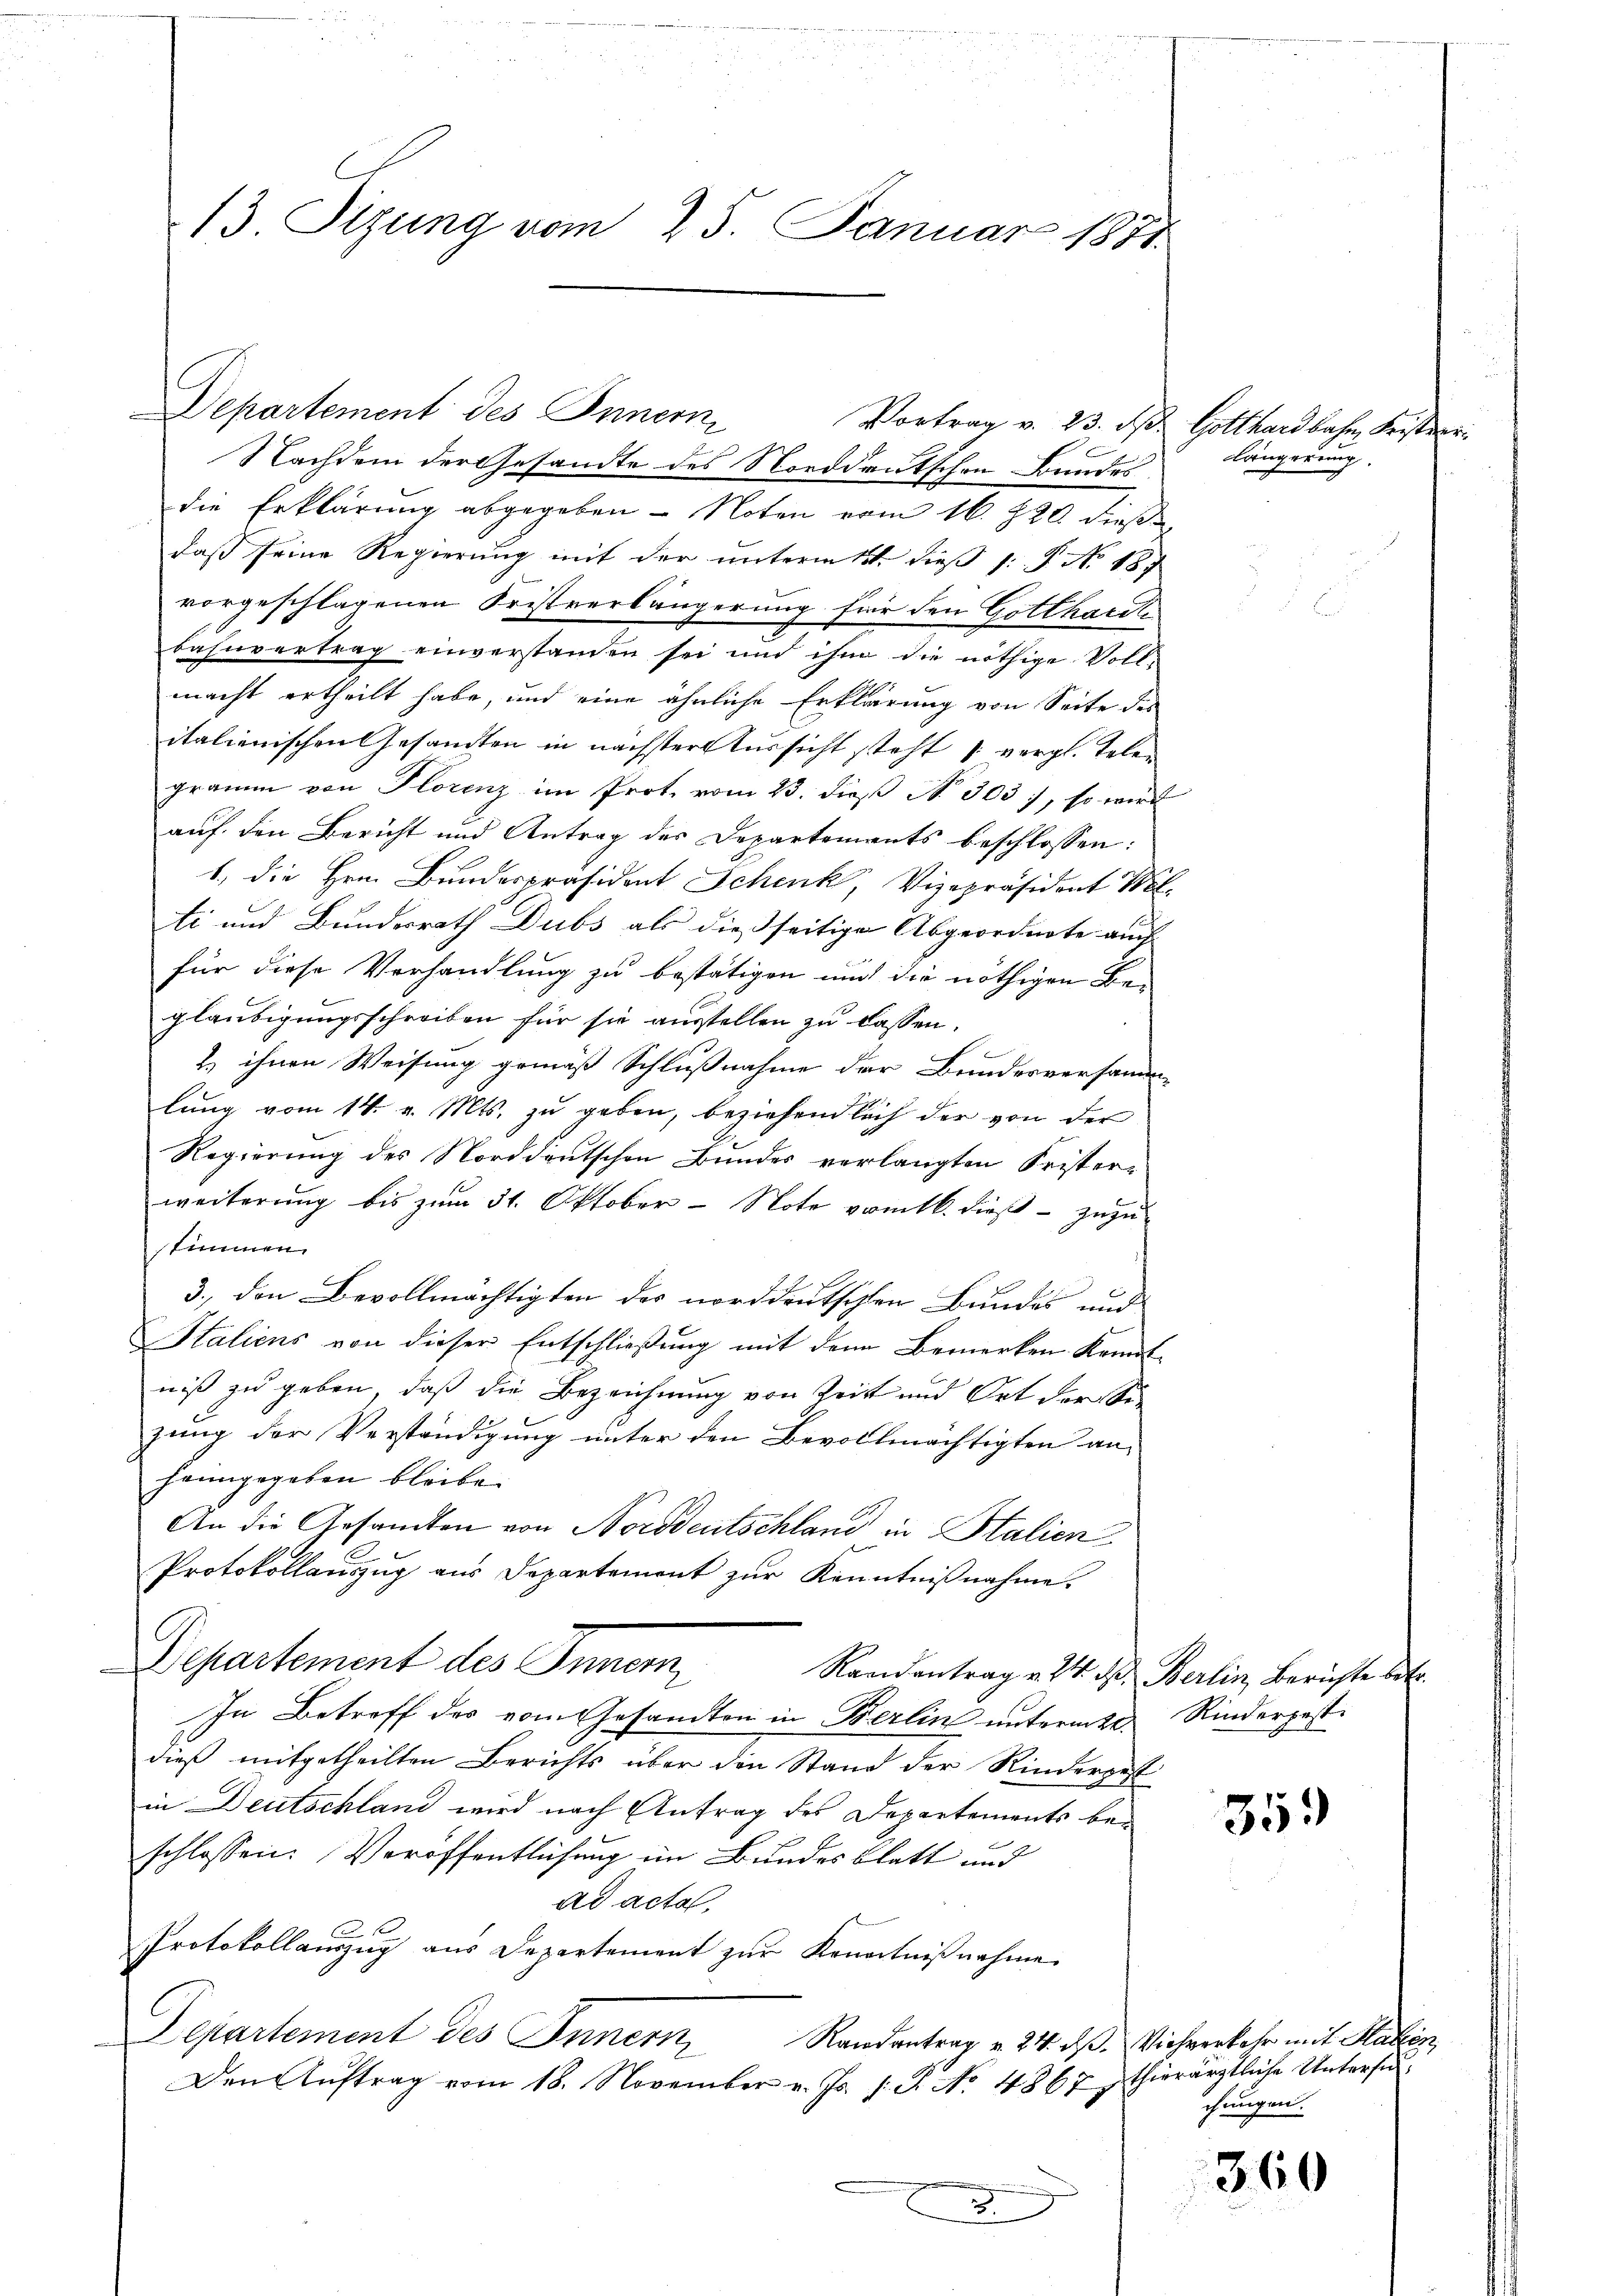
13. Sizung vom 25. Januar 1871

Nachdem der Gesandte des Norddeutschon Bundes
die Erklärung abgegeben - Noten vom 16. 820. dieß
daß seine Regierung mit der unterm 13ten dieß 1: P. No 187
vorgeschlagenen Fristverlängerung für den Gotthardt
bahnvertrag einverstanden sei und ihm die nöthige Vollmacht ertheilt habe, und eine ähnliche Erklärung von Seite des
italienischen Gesandten in nächster Aussicht steht & vergl. Telen
gramm von Florenz im Prot. vom 23. dieß No. 303), so wird
auf den Bericht und Antrag des Departements beschlossen:
1., die Hrn. Bundespräsident Schenk, Vizepräsident W
ti und Bundesrath Dubs als dießseitige Abgeordnete auch
für diese Verhandlung zu bestätigen und die nöthigen Be-
gläubigungsschreiben für sie ausstellen zu lassen.
2. ihnen Weisung gemäß Schlußnahme der Bundesversammlung vom 14. v. Mts. zu geben, beziehendlich der von der
Regierung des Norddeutschen Bundes verlangten Frister-
weiterung bis zum 31. Oktober - Noto vom 16. dieß zuzu-
stimmen.
3., den Bevollmächtigten des norddeutschen Bundes und
Italiens von dieser Entschließung mit dem Bemerken Kenntniß zu geben, daß die Bezeichnung von Zeit und Ort der Se
zung der Verständigung unter den Bevollmächtigten anheimgegeben bleibe.
An die Gesandten von Norddeutschland in Italien
Protokollauszug aus Departement zur Kenntnißnahme.
Departement des Innern
Randantrag v. 24. d. Berlin Berichte betr.
In Betreff des vom Gesandten in Berlin untermte Rinderpost
dieß mitgetheilten Berichts über die Stand der Rindergest
in Deutschland wird nach Antrag des Departements beschlossen: Veröffentlichung im Bundesblatt und
ad actat.
Protokollauszug aus Departement zur Kenntnißnahme
Departement des Innern
Randantrag v. 24. ds. Viehverkehr mit Haben,
Den Aŭftrag vom 18. November v. Js. s. S. No. 4867 sthierärztliche Untersu¬
E

Departement des Innern,
Vortrag v. 23. ds. Gotthardbahn, Fristerr

Längerung.

35.)

chungen.

360